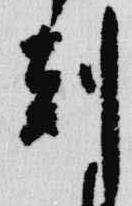
刻